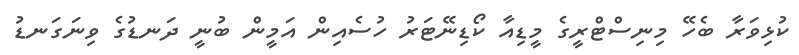
ކުޅިވަރާ ބެހޭ މިނިސްޓްރީގެ މީޑިއާ ކޯޑިނޭޓަރު ހުސެއިން އަމީން ބުނީ ދަނޑުގެ ވިނަގަނޑު